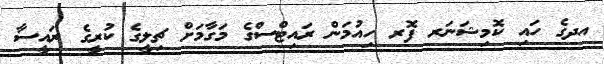
އދގެ ހައި ކޮމިޝަނަރ ފޮރ ހިއުމަން ރައިޓްސްގެ މަގާމަށް ޗިލީގެ ކުރީގެ ރައީސާ